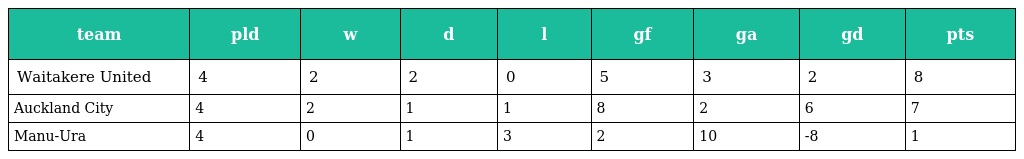
| team | pld | w | d | l | gf | ga | gd | pts |
 | --- | --- | --- | --- | --- | --- | --- | --- | --- |
 | Waitakere United | 4 | 2 | 2 | 0 | 5 | 3 | 2 | 8 |
 | Auckland City | 4 | 2 | 1 | 1 | 8 | 2 | 6 | 7 |
 | Manu-Ura | 4 | 0 | 1 | 3 | 2 | 10 | -8 | 1 |